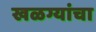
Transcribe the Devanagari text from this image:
खळग्यांचा